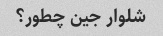
شلوار جین چطور؟